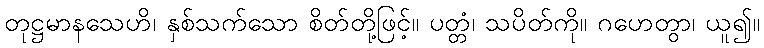
တုဋ္ဌမာနသေဟိ၊ နှစ်သက်သော စိတ်တို့ဖြင့်။ ပတ္တံ၊ သပိတ်ကို။ ဂဟေတွာ၊ ယူ၍။